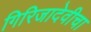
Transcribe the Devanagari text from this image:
गिरिजादेवीचा